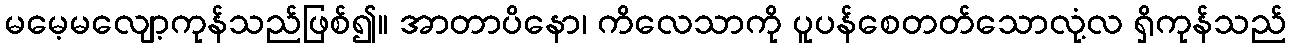
မမေ့မလျော့ကုန်သည်ဖြစ်၍။ အာတာပိနော၊ ကိလေသာကို ပူပန်စေတတ်သောလုံ့လ ရှိကုန်သည်